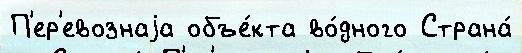
П'ер'евознаjа объе́кта во́дного Страна́